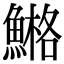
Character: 𩹿